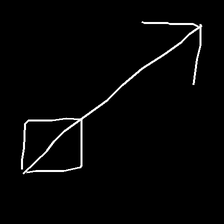
Glyph: focus